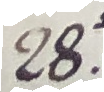
28.